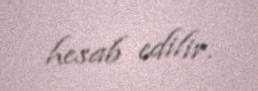
hesab edilir.